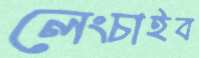
লেংচাইব